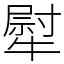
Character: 犚